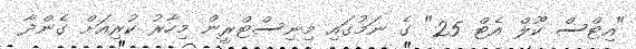
"އިޓްސް ކޫލް އެޓް 25" ގެ ނަމުގައި މިނިސްޓްރީން މިހާރު ކުރިއަށް ގެންދާ